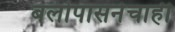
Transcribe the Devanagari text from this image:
बलोपासनेचाही